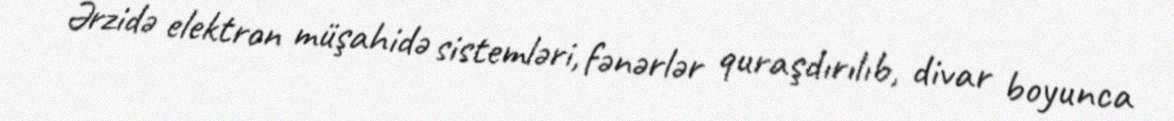
Ərzidə elektron müşahidə sistemləri, fənərlər quraşdırılıb, divar boyunca